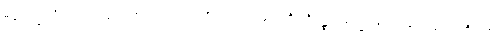
မဂ္ဂဗြဟ္မစရိယ၏ အဆုံးဖြစ်သော။ တံ၊ ထိုအရဟတ္တဖိုလ်ကို။ ဒိဋ္ဌေဝ ဓမ္မေ၊ မျက်မှောက်သောကိုယ်၏